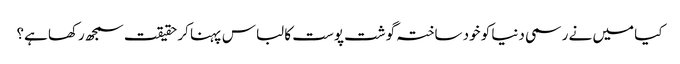
کیا میں نے رسمی دنیا کو خود ساختہ گوشت پوست کا لباس پہنا کر حقیقت سمجھ رکھا ہے؟